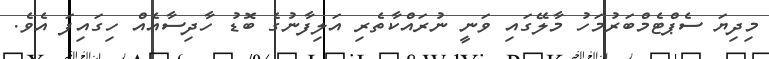
މިދިޔަ ސެޕްޓެމްބަރުމަހު މާލޭގައި ވަނީ ނުރައްކާތެރި އަލިފާނުގެ ބޮޑު ހާދިސާއެއް ހިގައިފަ އެވެ.